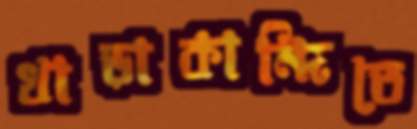
খাড়াকান্দিতে